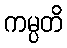
ကမ္ပတိ